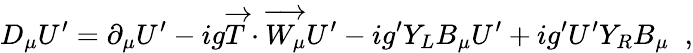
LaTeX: D_{\mu}U^{\prime}=\partial_{\mu}U^{\prime}-ig\overrightarrow{T}\cdot\overrightarrow{W_{\mu}}U^{\prime}-ig^{\prime}Y_{L}B_{\mu}U^{\prime}+ig^{\prime}U^{\prime}Y_{R}B_{\mu}\; \; ,